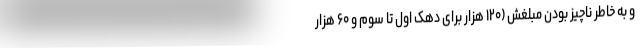
و به خاطر ناچیز بودن مبلغش (۱۲۰ هزار برای دهک اول تا سوم و ۶۰ هزار